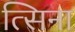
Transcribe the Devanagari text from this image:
त्सिना